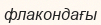
флакондағы